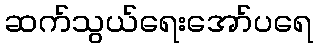
ဆက်သွယ်ရေးအော်ပရေ